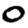
Digit: 0